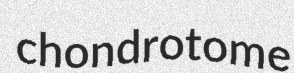
chondrotome